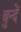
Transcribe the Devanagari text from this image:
बुन्दें